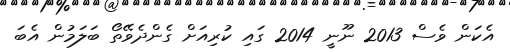
އެކަން ވެސް 2013 ނޫނީ 2014 ގައި ކުރިއަށް ގެންދެވޭތޯ ބަލަމުން އެބަ